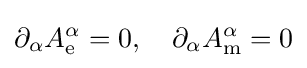
\partial _{\alpha }A_{\mathrm {e} }^{\alpha }=0,\quad \partial _{\alpha }A_{\mathrm {m} }^{\alpha }=0